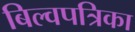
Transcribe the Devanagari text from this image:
बिल्वपत्रिका